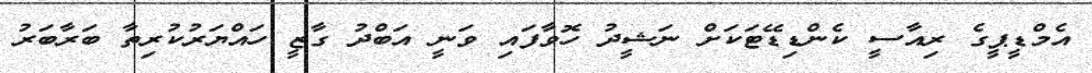
އެމްޑީޕީގެ ރިއާސީ ކެންޑިޑޭޓަކަށް ނަޝީދު ހޮވާފައި ވަނީ އަބްދު ގާޒީ ހައްޔަރުކުރިތާ ބަރާބަރު